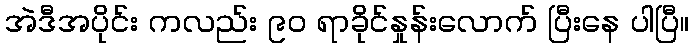
အဲဒီအပိုင်း ကလည်း ၉၀ ရာခိုင်နှုန်းလောက် ပြီးနေ ပါပြီ။